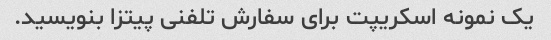
یک نمونه اسکریپت برای سفارش تلفنی پیتزا بنویسید.